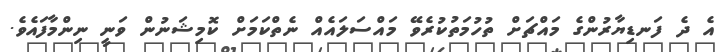
އެ ދެ ފަނޑިޔާރުންގެ މައްޗަށް ތުހުމަތުކުރެވޭ މައްސަލައެއް ނެތްކަމަށް ކޮމިޝަނުން ވަނީ ނިންމާފައެވެ.